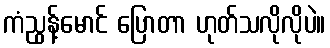
ကံညွန့်မောင် ပြောတာ ဟုတ်သလိုလိုပဲ။